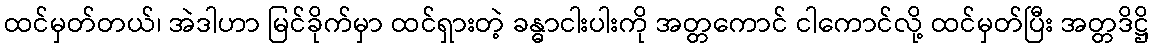
ထင်မှတ်တယ်၊ အဲဒါဟာ မြင်ခိုက်မှာ ထင်ရှားတဲ့ ခန္ဓာငါးပါးကို အတ္တကောင် ငါကောင်လို့ ထင်မှတ်ပြီး အတ္တဒိဋ္ဌိ